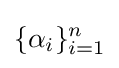
\{\alpha _{i}\}_{i=1}^{n}